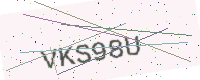
Text: VKS98U